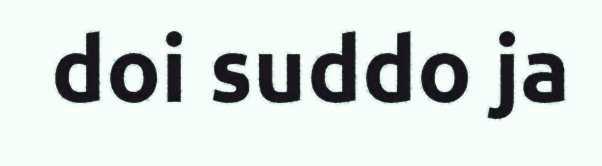
doi suddo ja